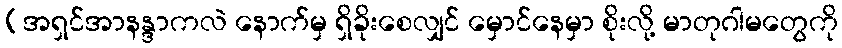
(အရှင်အာနန္ဒာကလဲ နောက်မှ ရှိခိုးစေလျှင် မှောင်နေမှာ စိုးလို့ မာတုဂါမတွေကို